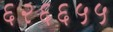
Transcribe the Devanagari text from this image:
६२६६५५